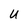
Character: U